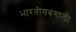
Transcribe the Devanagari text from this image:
भारतीयबंगाली